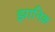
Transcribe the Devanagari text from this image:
झानिक